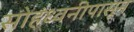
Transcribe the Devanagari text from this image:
सोहंध्वनीपासून